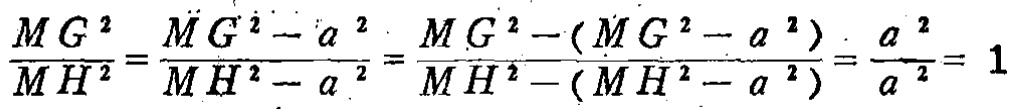
\[\frac{MG^{2}}{MH^{2}}=\frac{MG^{2}-a^{2}}{MH^{2}-a^{2}}=\frac{MG^{2}-(MG^{2}-a^{2})}{MH^{2}-(MH^{2}-a^{2})}=\frac{a^{2}}{a^{2}} = 1\]